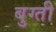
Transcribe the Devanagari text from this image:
बुग्ती